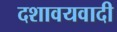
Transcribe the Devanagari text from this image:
दशावयवादी